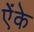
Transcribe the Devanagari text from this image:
ऐंके